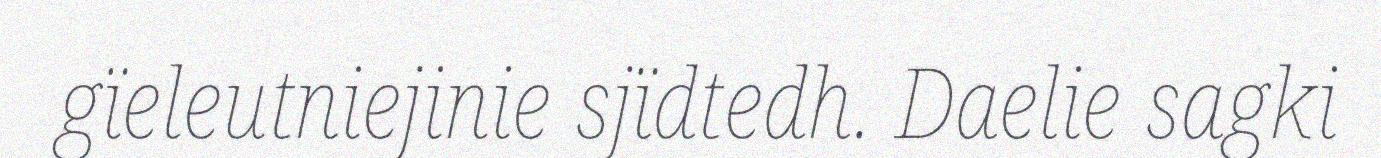
gïeleutniejinie sjïdtedh. Daelie sagki